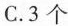
C.3个